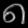
Digit: ၈